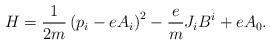
LaTeX: \begin{align*}H = \frac{1}{2m}\left (p_i -e A_i \right )^2- \frac{e}{m}J_i B^i +eA_0.\end{align*}